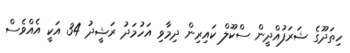
ހިތަދޫގެ ޝަރަފުއްދީން ސްކޫލް ކައިރިން ދިމާވި އަހުމަދު ރަޝީދު 34 އަކީ އެއްވެސް